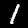
Digit: 1